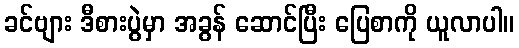
ခင်ဗျား ဒီစားပွဲမှာ အခွန် ဆောင်ပြီး ပြေစာကို ယူလာပါ။